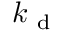
k _ { \mathrm { ~ d ~ } }